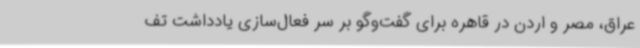
عراق، مصر و اردن در قاهره برای گفت‌وگو بر سر فعال‌سازی یادداشت تف